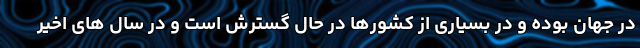
در جهان بوده و در بسیاری از کشورها در حال گسترش است و در سال های اخیر